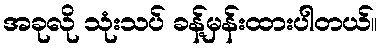
အခုလို သုံးသပ် ခန့်မှန်းထားပါတယ်။